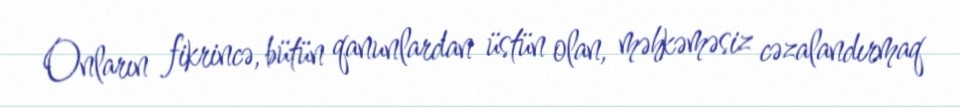
Onların fikrincə, bütün qanunlardan üstün olan, məhkəməsiz cəzalandırmaq